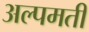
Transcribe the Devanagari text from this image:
अल्पमती